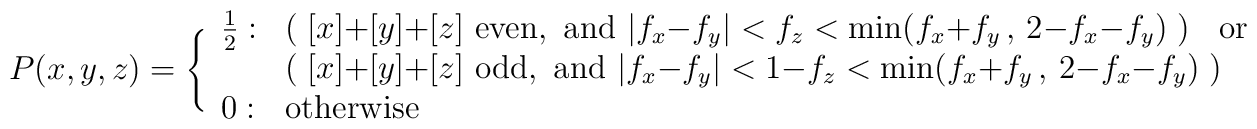
P(x,y,z) = \Bigg\{  \begin{array}{ll}  \frac{1}{2} : &\big(\; [x]{+}[y]{+}[z] {\rm~even,~and~}   |f_x{-}f_y|<f_z<\min(f_x{+}f_y\,,\,2{-}f_x{-}f_y) \;\big)\;\;{\rm~or}\\  & \big(\; [x]{+}[y]{+}[z] {\rm~odd,~and~}   |f_x{-}f_y|<1{-}f_z<\min(f_x{+}f_y\,,\,2{-}f_x{-}f_y) \;\big)\\  0 : & {\rm otherwise} \end{array}